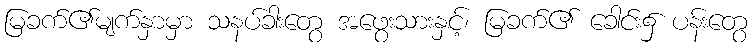
မြခက်၏မျက်နှာမှာ သနပ်ခါးတွေ အဖွေးသားနှင့်၊ မြခက်၏ ခေါင်း၌ ပန်းတွေ